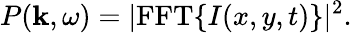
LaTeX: P(\mathbf{k},\omega)=|\mathrm{FFT}\{ I(x,y,t)\} |^{2}.